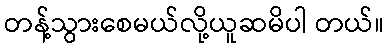
တန့်သွားစေမယ်လို့ယူဆမိပါ တယ်။